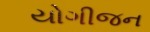
યોગીજન